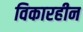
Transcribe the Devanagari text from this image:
विकारहीन